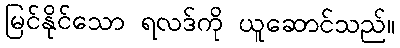
မြင်နိုင်သော ရလဒ်ကို ယူဆောင်သည်။